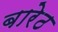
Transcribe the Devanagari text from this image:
बारेठ